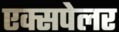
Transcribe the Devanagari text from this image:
एक्सपेलर